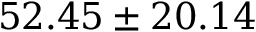
5 2 . 4 5 \pm 2 0 . 1 4